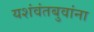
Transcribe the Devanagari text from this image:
यशंवंतबुवांना